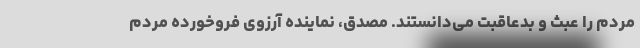
مردم را عبث و بدعاقبت می‌دانستند. مصدق، نماینده آرزوی فروخوردهٔ مردم